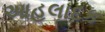
આહલાદક